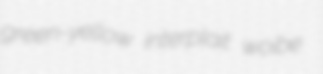
green-yellow interplait woibe